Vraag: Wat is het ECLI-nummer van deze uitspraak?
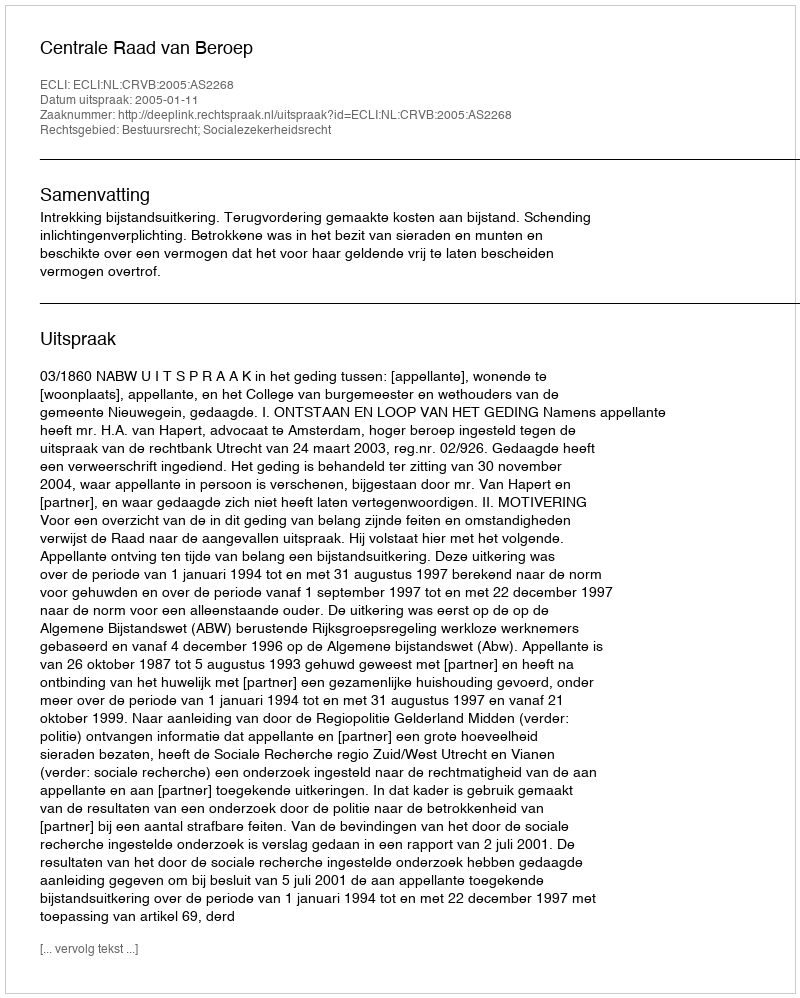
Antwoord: ECLI:NL:CRVB:2005:AS2268